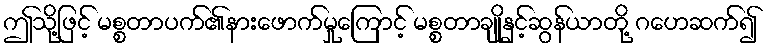
ဤသို့ဖြင့် မစ္စတာပက်၏နားဖောက်မှုကြောင့် မစ္စတာချိုနှင့်ဆွန်ယာတို့ ဂဟေဆက်၍